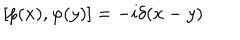
[ p ( x ) , \varphi ( y ) ] = - i \delta ( x - y )